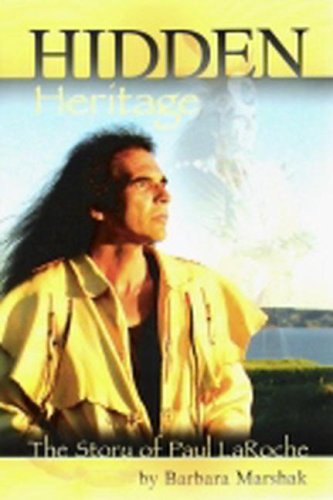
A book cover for Hidden Heritage: The Story of Paul Laroche; Barbara Marshak; Biographies & Memoirs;